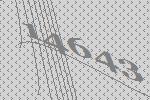
14643